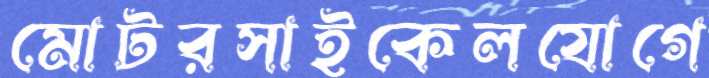
মোটরসাইকেলযোগে